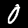
Label: 0